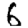
Digit: 6